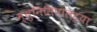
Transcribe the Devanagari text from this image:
म्युनिसिपालट्या